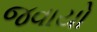
જવાયો